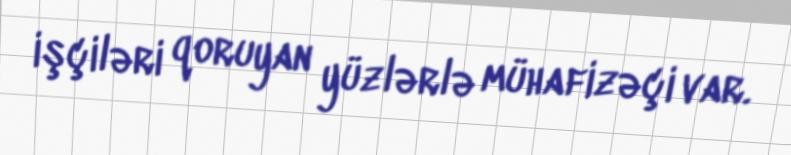
işçiləri qoruyan yüzlərlə mühafizəçi var.